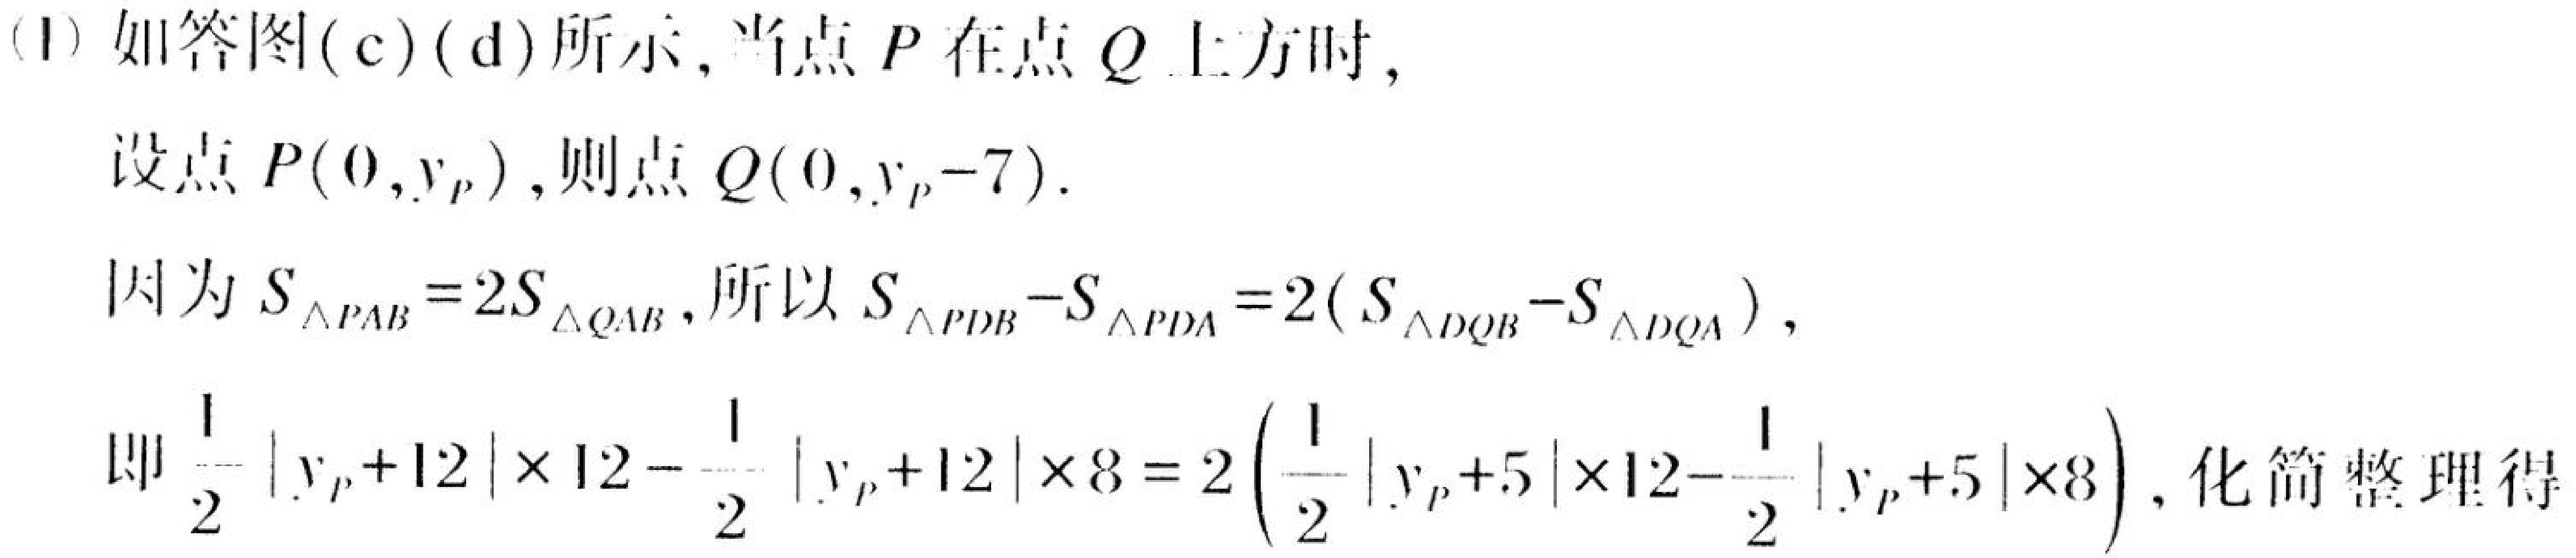
(1) 如答图(c)(d)所示, 当点 \(P\) 在点 \(Q\) 上方时,
设点 \(P(0,y_{P})\), 则点 \(Q(0,y_{P} - 7)\).
因为 \(S_{\triangle PAB}=2S_{\triangle QAB}\), 所以 \(S_{\triangle PDB}-S_{\triangle PDA}=2(S_{\triangle DQB}-S_{\triangle DQA})\),
即 \(\frac{1}{2}|y_{P}+12|\times12 - \frac{1}{2}|y_{P}+12|\times8=2\left(\frac{1}{2}|y_{P}+5|\times12-\frac{1}{2}|y_{P}+5|\times8\right)\), 化简整理得